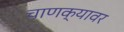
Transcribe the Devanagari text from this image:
चाणक्यावर